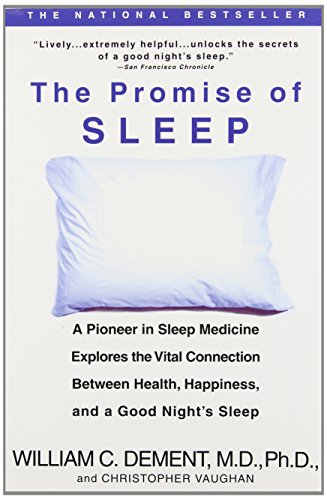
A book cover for The Promise of Sleep: A Pioneer in Sleep Medicine Explores the Vital Connection Between Health, Happiness, and a Good Night's Sleep; William C. Dement; Health, Fitness & Dieting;